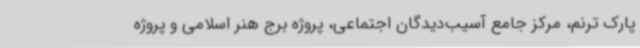
پارک ترنم، مرکز جامع آسیب‌دیدگان اجتماعی، پروژه برج هنر اسلامی و پروژه